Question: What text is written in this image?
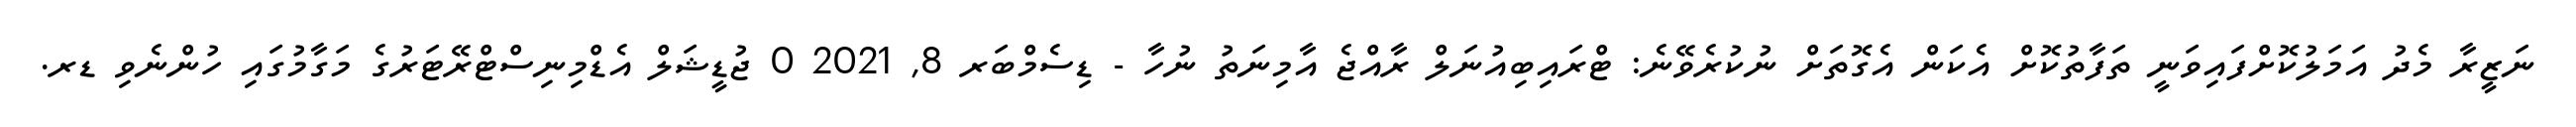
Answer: ނަޒީރާ މެދު އަމަލުކޮށްފައިވަނީ ތަފާތުކޮށް އެކަން އެގޮތަށް ނުކުރެވޭނެ: ޓްރައިބިއުނަލް ރާއްޖެ އާމިނަތު ނުހާ - ޑިސެމްބަރ 8, 2021 0 ޖުޑީޝަލް އެޑްމިނިސްޓްރޭޓަރުގެ މަގާމުގައި ހުންނެވި ޑރ.